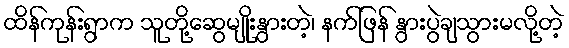
ထိန်ကုန်းရွာက သူတို့ဆွေမျိုးနွားတဲ့၊ နက်ဖြန် နွားပွဲချသွားမလို့တဲ့